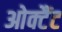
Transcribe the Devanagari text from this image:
ओक्टैंट